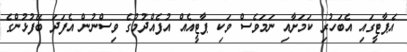
އެޕާޓީގައި އެބަހުރި ކަމަށާއި ނަމަވެސް ވަކި ޕާޓީއެއް އުފެއްދުމުގެ ވިސްނުން އެފަދަ ބޭފުޅުންގެ